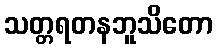
သတ္တရတနဘူသိတော